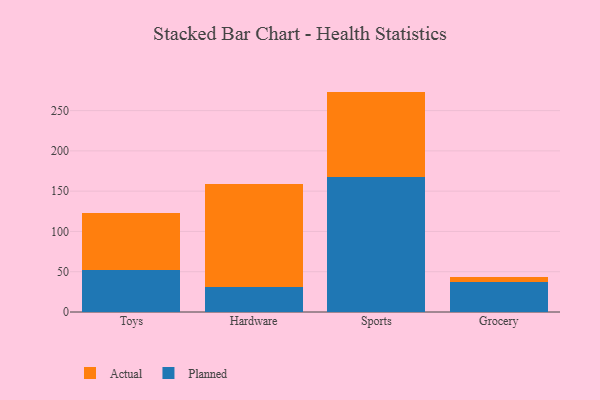
{"axis": {"x": "Category", "y": "Shipments"}, "legend": ["Actual", "Planned"], "data": [{"x": "Toys", "y": 52.5, "type": "Planned"}, {"x": "Toys", "y": 70.6, "type": "Actual"}, {"x": "Hardware", "y": 31.4, "type": "Planned"}, {"x": "Hardware", "y": 127.4, "type": "Actual"}, {"x": "Sports", "y": 167.0, "type": "Planned"}, {"x": "Sports", "y": 106.6, "type": "Actual"}, {"x": "Grocery", "y": 37.3, "type": "Planned"}, {"x": "Grocery", "y": 5.7, "type": "Actual"}]}